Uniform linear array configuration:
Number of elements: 32
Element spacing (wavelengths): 0.75
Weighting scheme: exponential
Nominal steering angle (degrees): -30
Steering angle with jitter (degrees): -31.304
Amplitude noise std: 0.05
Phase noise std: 0.05

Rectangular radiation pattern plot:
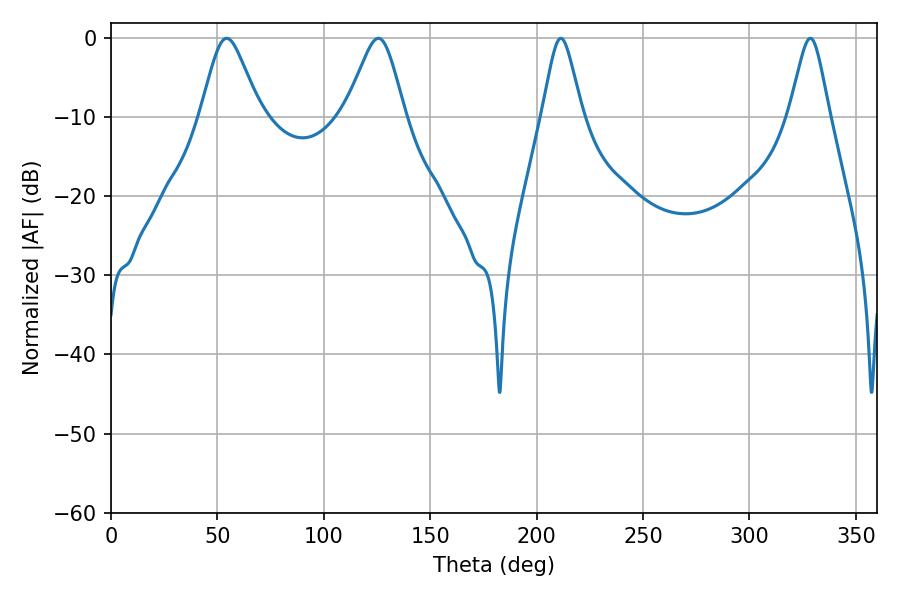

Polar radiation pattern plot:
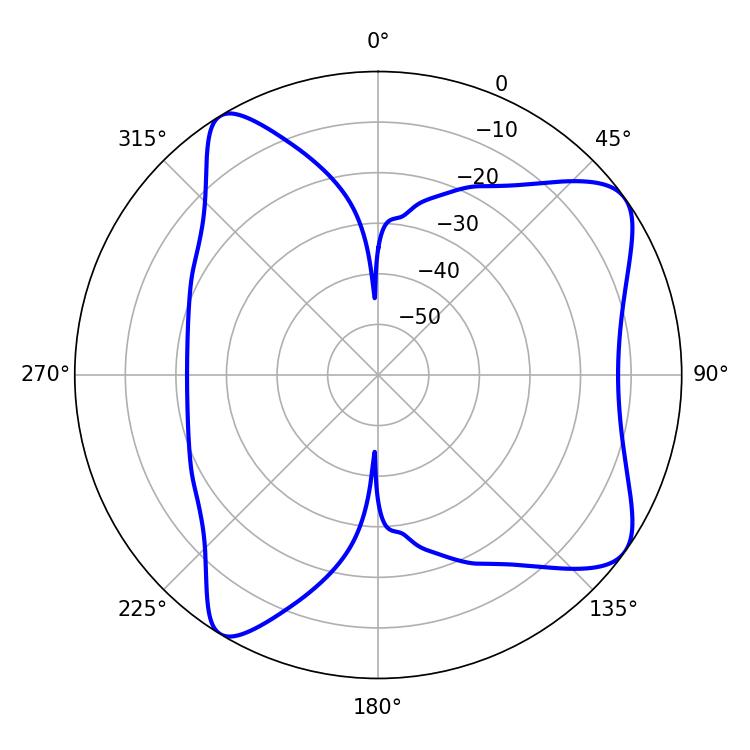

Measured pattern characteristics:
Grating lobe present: TRUE
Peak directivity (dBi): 8.512
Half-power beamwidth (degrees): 13.5
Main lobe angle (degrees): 54.36